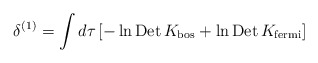
\begin{align*}\delta^{(1)}=\int d\tau \left[- \ln \mbox{Det}\,K_{\mbox{\scriptsize bos}} + \ln \mbox{Det}\,K_{\mbox{\scriptsize fermi}} \right]\end{align*}